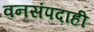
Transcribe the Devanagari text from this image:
वनसंपदाही